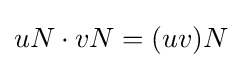
uN\cdot vN=(uv)N